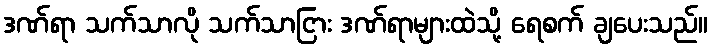
ဒဏ်ရာ သက်သာလို သက်သာငြား ဒဏ်ရာများထဲသို့ ရေစက် ချပေးသည်။